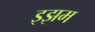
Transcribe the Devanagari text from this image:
इझम